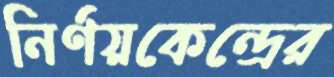
নির্ণয়কেন্দ্রের